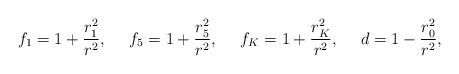
\begin{align*}f_1= 1 +{ r_1^2 \over r^2}, ~~~~ f_5= 1 +{ r_5^2 \over r^2},~~~~f_K = 1 + { r_K^2 \over r^2},~~~~ d = 1 - { r_0^2 \over r^2},\end{align*}